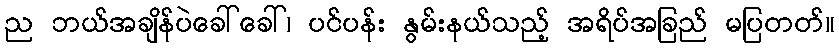
ည ဘယ်အချိန်ပဲခေါ်ခေါ်၊ ပင်ပန်း နွမ်းနယ်သည့် အရိပ်အခြည် မပြတတ်။